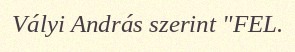
Vályi András szerint "FEL.